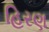
હિરણ